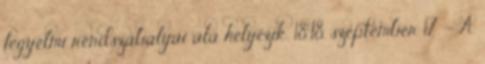
fegyelmi rendszabályai alá helyezik. 1848. szeptember 17. – A